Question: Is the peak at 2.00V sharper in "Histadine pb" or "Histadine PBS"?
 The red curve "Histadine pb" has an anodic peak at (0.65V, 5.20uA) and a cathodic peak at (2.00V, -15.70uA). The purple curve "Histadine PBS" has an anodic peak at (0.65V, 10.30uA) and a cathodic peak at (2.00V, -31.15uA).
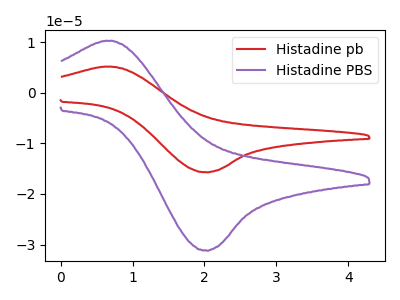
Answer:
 <answer>The peak at 2.00V is lower in "Histadine pb" than in "Histadine PBS".</answer>
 <eval>lower</eval>